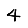
Digit: 4